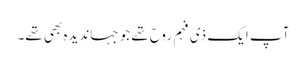
آپ ایک ذی فہم روح تھے جو جہاندیدہ بھی تھے۔